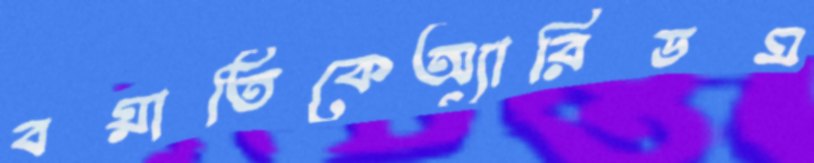
বয়াতিকেঅ্যারিডম